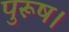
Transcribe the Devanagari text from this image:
पुरूष।